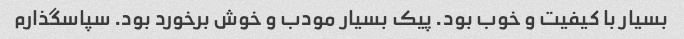
بسیار با کیفیت و خوب بود. پیک بسیار مودب و خوش برخورد بود. سپاسگذارم